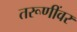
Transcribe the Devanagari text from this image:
तरूणींवर